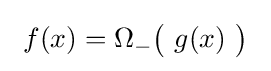
\ f(x)=\Omega _{-}{\bigl (}\ g(x)\ {\bigr )}\